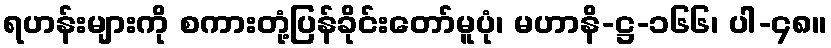
ရဟန်းများကို စကားတုံ့ပြန်ခိုင်းတော်မူပုံ၊ မဟာနိ-ဋ္ဌ-၁၆၆၊ ပါ-၄၈။